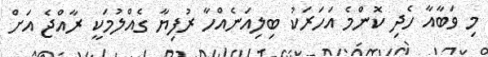
މި ވަބާއާ ހެދި ކޮންމެ އަހަރަކު ބިލިއަނެއްހާ ރުފިޔާ ގެއްލުމަކީ ރާއްޖެ އަށް